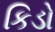
કિડો